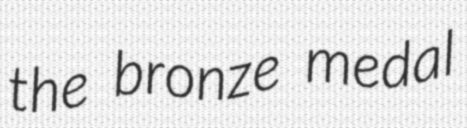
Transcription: the bronze medal